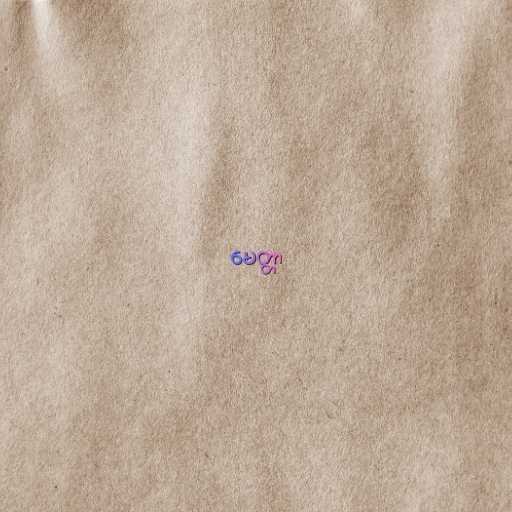
မေတ္တာ